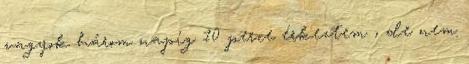
vagyok három napig 10 perce érkeztem , de nem